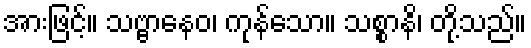
အားဖြင့်။ သဗ္ဗာနေဝ၊ ကုန်သော။ သစ္စာနိ၊ တို့သည်။